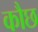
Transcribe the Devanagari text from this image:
कौछ